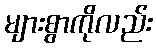
များစွာကိုလည်း